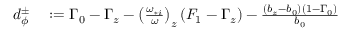
\begin{array} { r l } { d _ { \phi } ^ { \pm } } & { { } : = \Gamma _ { 0 } - \Gamma _ { z } - \left( \frac { \omega _ { * i } } { \omega } \right) _ { z } \left( F _ { 1 } - \Gamma _ { z } \right) - \frac { \left( b _ { z } - b _ { 0 } \right) \left( 1 - \Gamma _ { 0 } \right) } { b _ { 0 } } } \end{array}